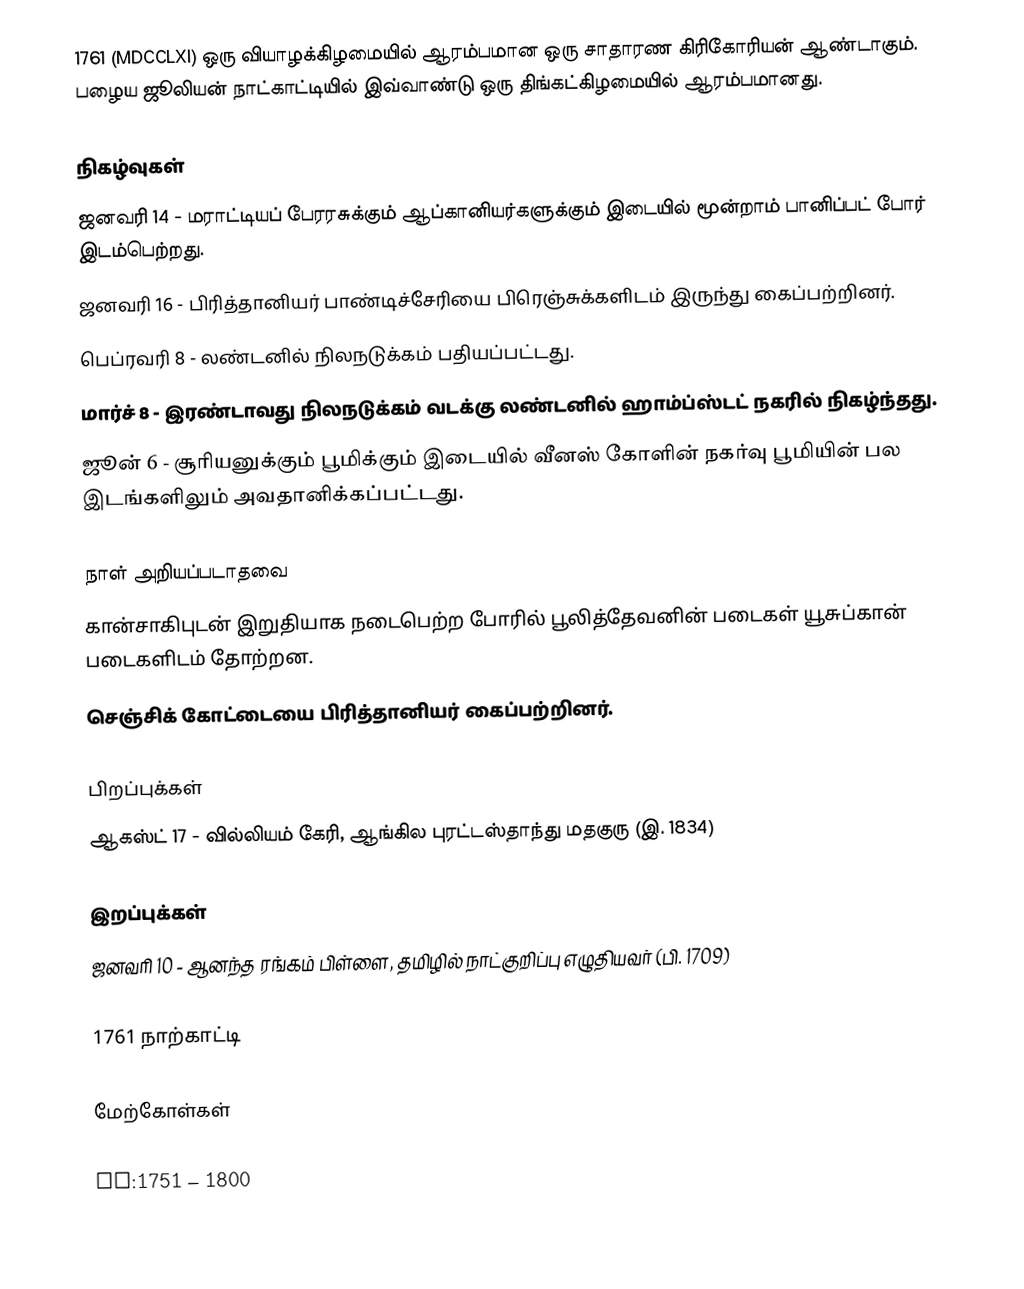
1761  (MDCCLXI) ஒரு வியாழக்கிழமையில் ஆரம்பமான ஒரு சாதாரண கிரிகோரியன் ஆண்டாகும். பழைய ஜூலியன் நாட்காட்டியில் இவ்வாண்டு ஒரு திங்கட்கிழமையில் ஆரம்பமானது.

நிகழ்வுகள்
 ஜனவரி 14 - மராட்டியப் பேரரசுக்கும் ஆப்கானியர்களுக்கும் இடையில் மூன்றாம் பானிப்பட் போர் இடம்பெற்றது.
 ஜனவரி 16 - பிரித்தானியர் பாண்டிச்சேரியை பிரெஞ்சுக்களிடம் இருந்து கைப்பற்றினர்.
 பெப்ரவரி 8 - லண்டனில் நிலநடுக்கம் பதியப்பட்டது.
 மார்ச் 8 - இரண்டாவது நிலநடுக்கம் வடக்கு லண்டனில் ஹாம்ப்ஸ்டட் நகரில் நிகழ்ந்தது.
 ஜூன் 6 - சூரியனுக்கும் பூமிக்கும் இடையில் வீனஸ் கோளின் நகர்வு பூமியின் பல இடங்களிலும் அவதானிக்கப்பட்டது.

நாள் அறியப்படாதவை
 கான்சாகிபுடன் இறுதியாக நடைபெற்ற போரில் பூலித்தேவனின் படைகள் யூசுப்கான் படைகளிடம் தோற்றன.
 செஞ்சிக் கோட்டையை பிரித்தானியர் கைப்பற்றினர்.

பிறப்புக்கள்
 ஆகஸ்ட் 17 - வில்லியம் கேரி,  ஆங்கில புரட்டஸ்தாந்து மதகுரு (இ. 1834)

இறப்புக்கள்
 ஜனவரி 10 - ஆனந்த ரங்கம் பிள்ளை, தமிழில் நாட்குறிப்பு எழுதியவர் (பி. 1709)

1761 நாற்காட்டி

மேற்கோள்கள்

nv:1751 – 1800